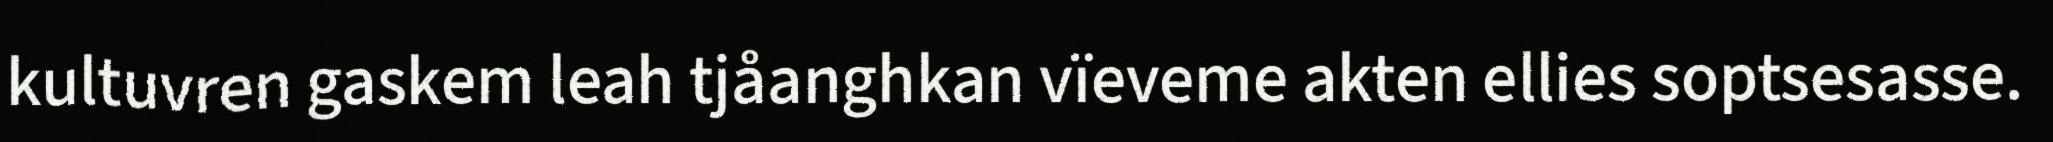
kultuvren gaskem leah tjåanghkan vïeveme akten ellies soptsesasse.